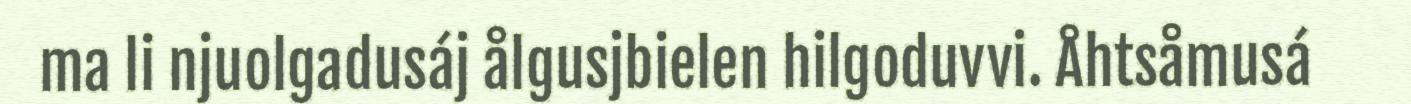
ma li njuolgadusáj ålgusjbielen hilgoduvvi. Åhtsåmusá